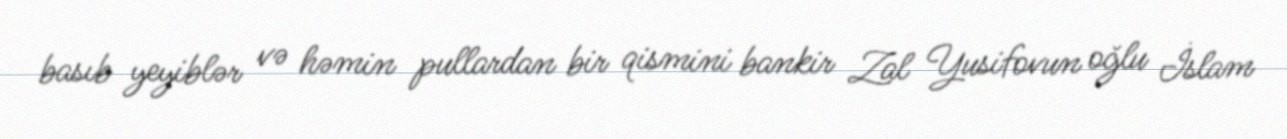
basıb yeyiblər və həmin pullardan bir qismini bankir Zal Yusifovun oğlu İslam